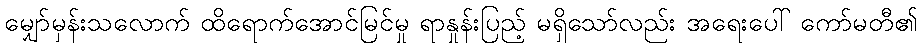
မျှော်မှန်းသလောက် ထိရောက်အောင်မြင်မှု ရာနှုန်းပြည့် မရှိသော်လည်း အရေးပေါ် ကော်မတီ၏